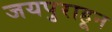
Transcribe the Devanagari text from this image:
जयपुराहून